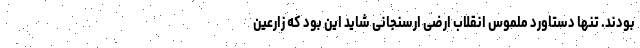
بودند. تنها دستاورد ملموس انقلاب ارضی ارسنجانی شاید این بود که زارعین